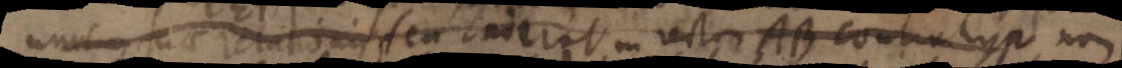
unum suae relationis seu cui erat in rectae AB contra hyp non